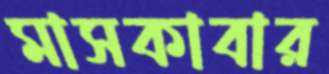
মাসকাবার